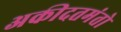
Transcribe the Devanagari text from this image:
अकीदतमंतो